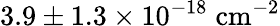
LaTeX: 3.9\pm 1.3\times 10^{-18}\; \mathrm{{cm^{-2}}}